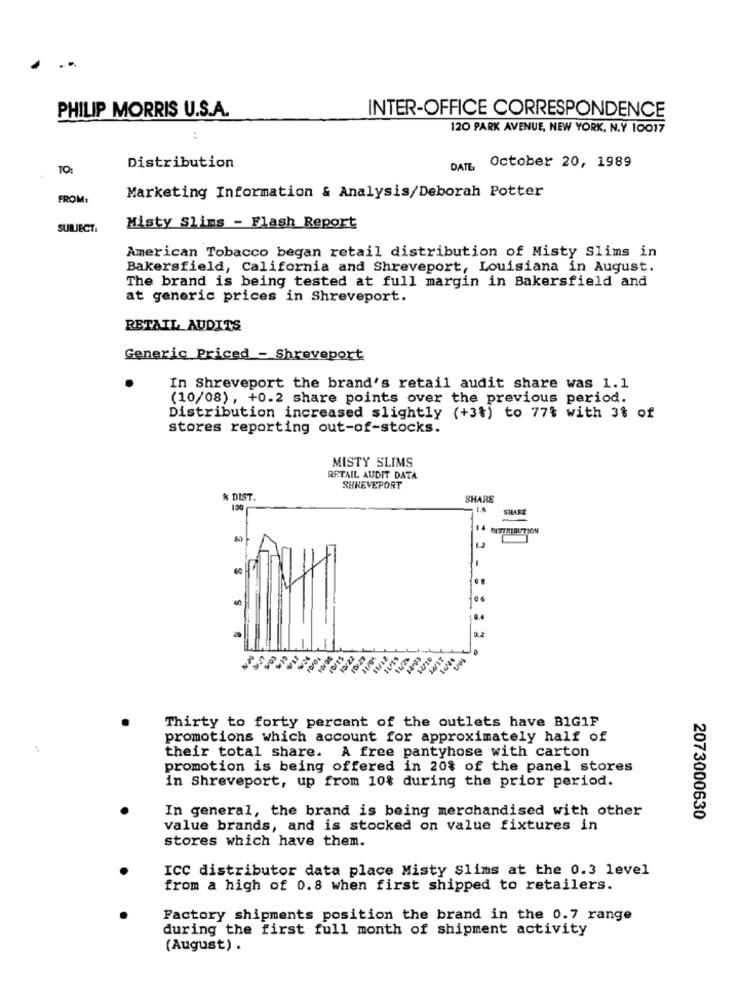
PHILIP MORRIS U.S.A.
INTER-OFFICE CORRESPONDENCE
120 PARK AVENUE, NEW YORK, N.Y 10017
TO:
Distribution
DATE,
October 20, 1989
FROM:
Marketing Information & Analysis/Deborah Potter
SUBJECT:
Misty Slims - Flash Report
American Tobacco began retail distribution of Misty Slims in
Bakersfield, California and Shreveport, Louisiana in August.
The brand is being tested at full margin in Bakersfield and
at generic prices in Shreveport.
RETAIL AUDITS
Generic Priced - Shreveport
In Shreveport the brand's retail audit share was 1.1
(10/08) , +0.2 share points over the previous period.
Distribution increased slightly (+3%) to 77% with 3% of
stores reporting out-of-stocks.
MISTY SLIMS
RETAIL AUDIT DATA
SHREVEPORT
% DIST.
SHARE
100
1.5
SHARZ
14
12
0.4
0.2
10/22
Thirty to forty percent of the outlets have BIG1F
promotions which account for approximately half of
their total share. A free pantyhose with carton
promotion is being offered in 20% of the panel stores
in Shreveport, up from 10% during the prior period.
In general, the brand is being merchandised with other
2073000630
Value brands, and is stocked on value fixtures in
stores which have them.
ICC distributor data place Misty slims at the 0.3 level
from a high of 0.8 when first shipped to retailers.
Factory shipments position the brand in the 0.7 range
during the first full month of shipment activity
(August) .